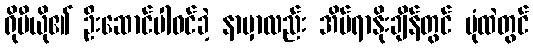
ရိုမီယို၏ ဦးဆောင်ပါဝင်ခဲ့ နာမှာလည်း အိပ်ရာနိုးချိန်တွင် ပုံထဲတွင်